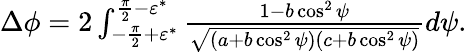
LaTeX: \begin{array}{r}{\Delta\phi=2\int_{-\frac{\pi}{2}+\varepsilon^{*}}^{\frac{\pi}{2}-\varepsilon^{*}}\frac{1-b\cos^{2}\psi}{\sqrt{(a+b\cos^{2}\psi)(c+b\cos^{2}\psi)}}d\psi.}\end{array}